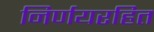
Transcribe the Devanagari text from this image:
निर्णयरहित